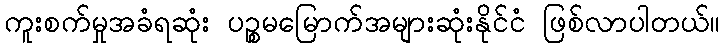
ကူးစက်မှုအခံရဆုံး ပဉ္စမမြောက်အများဆုံးနိုင်ငံ ဖြစ်လာပါတယ်။